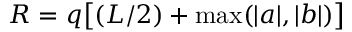
R = q \big [ ( L / 2 ) + \operatorname* { m a x } ( | a | , | b | ) \big ]